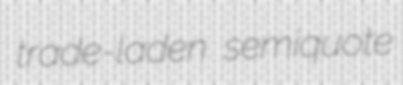
trade-laden semiquote